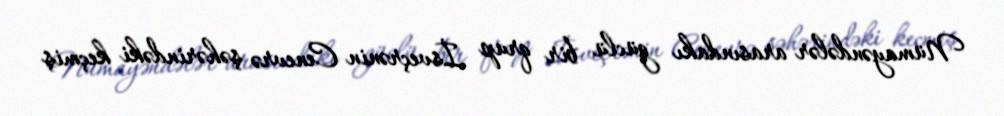
Nümayəndələr arasındakı güclü bir qrup İsveçrənin Cenevrə şəhərindəki keçmiş